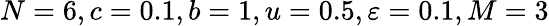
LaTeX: N=6,c=0.1,b=1,u=0.5,\varepsilon=0.1,M=3